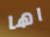
اها